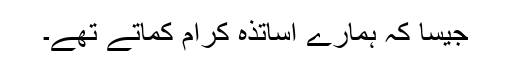
جیسا کہ ہمارے اساتذہ کرام کماتے تھے۔